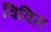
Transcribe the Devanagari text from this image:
विवित